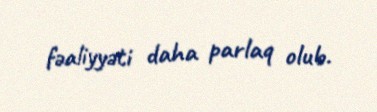
fəaliyyəti daha parlaq olub.